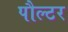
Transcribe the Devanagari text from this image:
पौल्टर